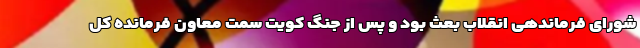
شورای فرماندهی انقلاب بعث بود و پس از جنگ کویت سمت معاون فرمانده کل